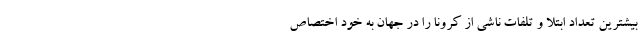
بیشترین تعداد ابتلا و تلفات ناشی از کرونا را در جهان به خود اختصاص